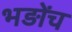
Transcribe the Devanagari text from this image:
भड़ोंच